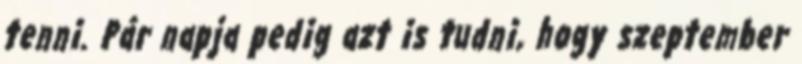
tenni. Pár napja pedig azt is tudni, hogy szeptember